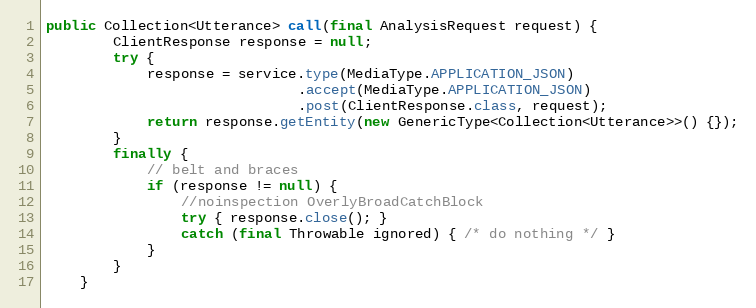
Language: Java
public Collection<Utterance> call(final AnalysisRequest request) {
        ClientResponse response = null;
        try {
            response = service.type(MediaType.APPLICATION_JSON)
                              .accept(MediaType.APPLICATION_JSON)
                              .post(ClientResponse.class, request);
            return response.getEntity(new GenericType<Collection<Utterance>>() {});
        }
        finally {
            // belt and braces
            if (response != null) {
                //noinspection OverlyBroadCatchBlock
                try { response.close(); }
                catch (final Throwable ignored) { /* do nothing */ }
            }
        }
    }